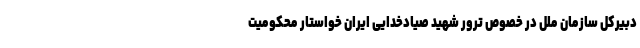
دبیرکل سازمان ملل در خصوص ترور شهید صیادخدایی ایران خواستار محکومیت